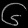
Digit: ၆